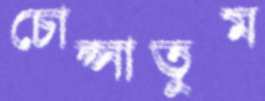
চোপ্‌সাতুম